Medical and sanitary report of the native army of Madras for the year
Year: 1876
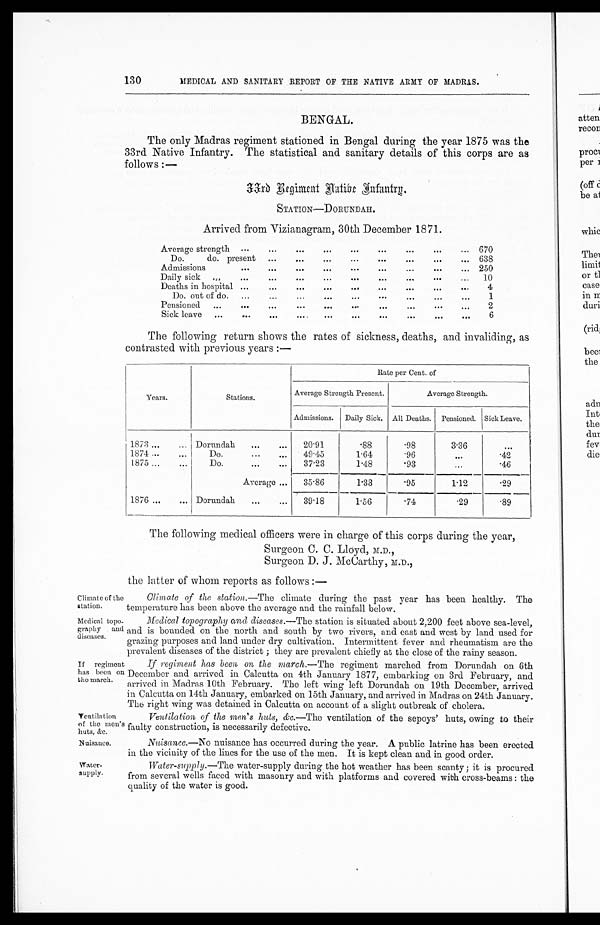
Climate of the
station.
Medical topo-
graphy and
diseases.
Nuisance.
Water-
supply.
130
MEDICAL AND SANITARY REPORT OF THE NATIVE ARMY OF MADRAS.
BENGAL.
The only Madras regiment stationed in Bengal during the year 1875 was the
33rd Native Infantry. The statistical and sanitary details of this corps are as
follows :—
33rd Regiment Native Infantry.
STATION—DORUNDAH.
Arrived from Vizianagram, 30th December 1871.
Average strength
. . .
...
. . .
...
. . .
. . . ...
. . . ... 670
Do.
do. present
. . .
...
. . . . . .
. . . . . .
. . .
. . . 638
Admissions
. . .
. . .
. . .
. . .
. . .
. . . . . .
. . . ... 250
Daily sick ...
. . .
. . .
. . .
. . .
. . .
. . . . . .
. . .
. . . 10
Deaths in hospital . . .
. . .
. . .
. . .
. . .
. . .
. . .
. . .
. . .
4
Do. out of do.
. . .
. . .
. . .
. . .
. . .
. . . . . .
. . .
...
1
Pensioned...
. . .
. . .
. . .
. . .
. . .
. . . . . .
. . .
. . .
2
Sick leave ...
. . .
. . .
. . .
. . .
. . .
. . .
. . .
. . .
. . .
6
The following return shows the rates of sickness, deaths, and invaliding, as
contrasted with previous years :—
Years.
Stations.
Rate per Cent. of
Average Strength Present.
Average Strength.
Admissions. Daily Sick. All Deaths. Pensioned. Sick Leave.
1873 ...
... Dorundah
...
...
20.91
.88
.98
3.36
. . .
1874 ...
...
D o .
...
...
49.45
1.64
.96
. . .
.42
1875 ...
...
Do.
. . .
. . . 37.23
1.48
.93
. . .
. 4 6
Average ...
35.86
1.33
.95
1.12
.29
1876 ...
... Dorundah
...
...
39.18
1.56
.74
.29
.89
The following medical officers were in charge of this corps during the year,
Surgeon. C. C. Lloyd, M.D.,
Surgeon D. J. McCarthy, M.D.,
the latter of whom reports as follows :—
Climate of the station.—The climate during the past year has been healthy. The
temperature has been above the average and the rainfall below.
Medical topography and diseases. —The station is situated about 2,200 feet above sea-level,
and is bounded on the north and south by two rivers, and east and west by land used for
grazing purposes and land under dry cultivation. Intermittent fever and rheumatism are the
prevalent diseases of the district ; they are prevalent chiefly at the close of the rainy season.
If regiment
has been on
the march.
Ventilation
of the men's
huts. &c.
If regiment has been on the march. —The regiment marched from Dorundah on 6th
December and arrived in Calcutta on 4th January 1877, embarking on 3rd February, and
arrived in Madras 10th February. The left wing left Dorundah on 19th December, arrived
in Calcutta on 14th January, embarked on 15th January, and arrived in Madras on 24th January.
The right wing was detained in Calcutta on account of a slight outbreak of cholera.
Ventilation of the men's huts, &c .—The ventilation of the sepoys' huts, owing to their
faulty construction, is necessarily defective.
Nuisance. —No nuisance has occurred during the year. A public latrine has been erected
in the vicinity of the lines for the use of the men. It is kept clean and in good order.
Water-supply. —The water-supply during the hot weather has been scanty ; it is procured
from several wells faced with masonry and with platforms and covered with cross-beams : the
quality of the water is good.